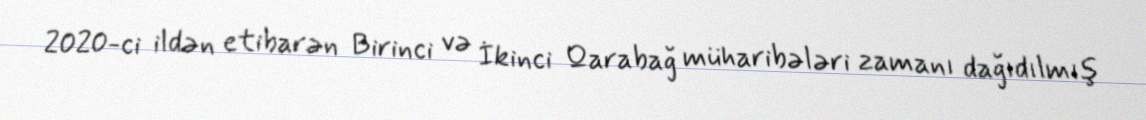
2020-ci ildən etibarən Birinci və İkinci Qarabağ müharibələri zamanı dağıdılmış